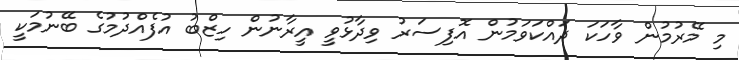
މި މޭރުމުން ވާހަކަ ދައްކަވަމުން އޮފިސަރު ވިދާޅުވީ އީރާނުން ހިޒްބު އުފެއްދުމުގެ ބޭނުމަކީ